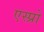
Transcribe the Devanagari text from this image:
एस्प्रो